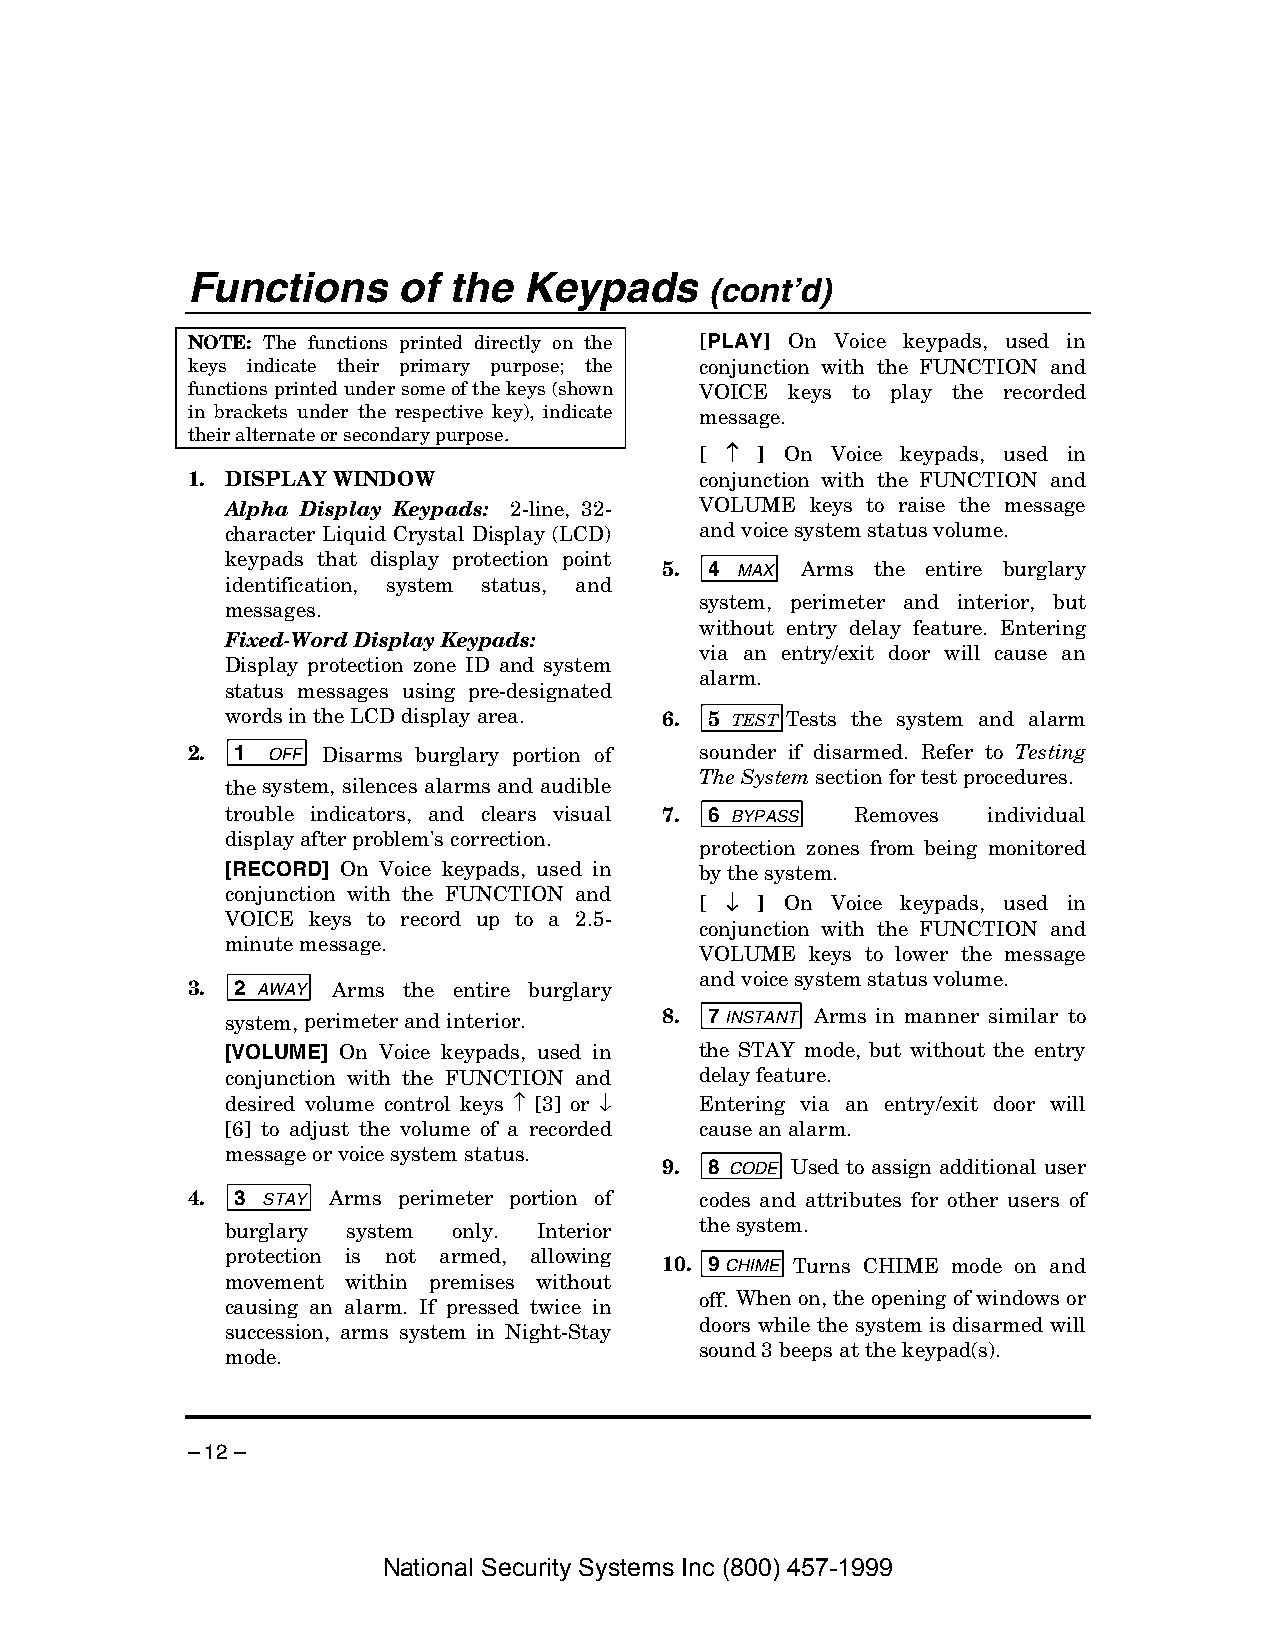
Functions     of  the  Keypads
 (cont’d)
 NOTE: The functions printed directly on the [PLAY] On Voice keypads, used in
 keys indicate their primary purpose; the conjunction with the FUNCTION and
 functions printed under some of the keys (shown VOICE keys to play the recorded
 in brackets under the respective key), indicate message.
 their alternate or secondary purpose.
 [ ↑↑↑↑ ] On Voice keypads, used in
 1. DISPLAY WINDOW                 conjunction with the FUNCTION and
 Alpha Display Keypads: 2-line, 32- VOLUME keys to raise the message
 character Liquid Crystal Display (LCD) and voice system status volume.
 keypads that display protection point
 5. 4 MAX Arms the entire burglary
 identification, system status, and
 system, perimeter and interior, but
 messages.
 without entry delay feature. Entering
 Fixed-Word Display Keypads:
 via an entry/exit door will cause an
 Display protection zone ID and system
 alarm.
 status messages using pre-designated
 words in the LCD display area. 6. 5 TEST Tests the system and alarm
 2. 1  OFF Disarms burglary portion of sounder if disarmed. Refer to Testing
 The System section for test procedures.
 the system, silences alarms and audible
 trouble indicators, and clears visual 7. 6 BYPASS Removes individual
 display after problem's correction.
 protection zones from being monitored
 [RECORD] On Voice keypads, used in by the system.
 conjunction with the FUNCTION and [ ↓↓↓↓ ] On Voice keypads, used in
 VOICE keys to record up to a 2.5-
 conjunction with the FUNCTION and
 minute message.
 VOLUME  keys to lower the message
 and voice system status volume.
 3. 2 AWAY Arms the entire burglary
 system, perimeter and interior. 8. 7 INSTANT Arms in manner similar to
 [VOLUME] On Voice keypads, used in the STAY mode, but without the entry
 conjunction with the FUNCTION and delay feature.
 desired volume control keys ↑ [3] or ↓ Entering via an entry/exit door will
 [6] to adjust the volume of a recorded cause an alarm.
 message or voice system status.
 9. 8 CODE Used to assign additional user
 4. 3 STAY Arms perimeter portion of codes and attributes for other users of
 burglary system only. Interior the system.
 protection is not armed, allowing
 10. 9 CHIME Turns CHIME mode on and
 movement within premises without
 off. When on, the opening of windows or
 causing an alarm. If pressed twice in
 doors while the system is disarmed will
 succession, arms system in Night-Stay
 sound 3 beeps at the keypad(s).
 mode.
 – 12 –
 National Security Systems Inc (800) 457-1999